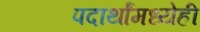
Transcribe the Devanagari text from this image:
पदार्थांमध्येही